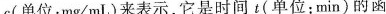
c(单位：mg/mL)来表示，它是时间t(单位：min)的函